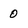
Character: 0